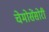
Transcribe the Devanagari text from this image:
चेमोसेंसोरी